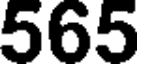
565